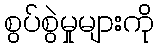
စွပ်စွဲမှုများကို